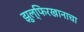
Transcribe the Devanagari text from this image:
झुल्फिरखानाचा